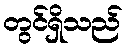
တွင်ရှိသည်